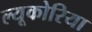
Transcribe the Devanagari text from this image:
ल्यूकोरिया